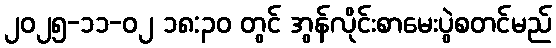
၂၀၂၅-၁၁-၀၂ ၁၈:၃၀ တွင် အွန်လိုင်းစာမေးပွဲစတင်မည်